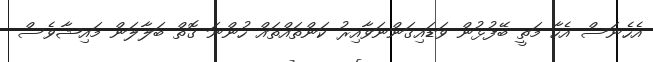
އެހެނަސް އެހާ މަތީ ބޭފުޅުން ވަޑައިގަންނަވާއިރު ކަންތައްތައް ހުންނަ ގޮތް ބަލާލަން މައިޝާވެސް